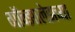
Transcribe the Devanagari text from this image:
गॉन्झालेझच्या